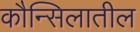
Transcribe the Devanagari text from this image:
कौन्सिलातील